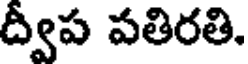
ద్వీప పతిరతి,